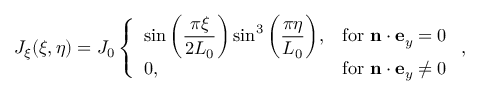
\begin{array} { r } { J _ { \xi } ( \xi , \eta ) = J _ { 0 } \left\{ \begin{array} { l l } { \sin \bigg ( \displaystyle \frac { \pi \xi } { 2 L _ { 0 } } \bigg ) \sin ^ { 3 } \bigg ( \displaystyle \frac { \pi \eta } { L _ { 0 } } \bigg ) , } & { \mathrm { f o r ~ } \mathbf { n } \cdot \mathbf { e } _ { y } = 0 } \\ { 0 , } & { \mathrm { f o r ~ } \mathbf { n } \cdot \mathbf { e } _ { y } \ne 0 } \end{array} \right. , } \end{array}